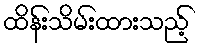
ထိန်းသိမ်းထားသည့်